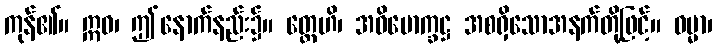
ကုန်၏။ ဣဓ၊ ဤနောက်နည်း၌။ တ္ထေဟိ၊ အဓိမောက္ခဋ္ဌ အစရှိသောအနက်တို့ဖြင့်။ ဓမ္မာ၊